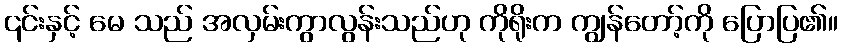
၎င်းနှင့် မေ သည် အလှမ်းကွာလွန်းသည်ဟု ကိုရိုးက ကျွန်တော့်ကို ပြောပြ၏။